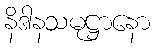
နိဒါနသမုဋ္ဌာနော